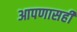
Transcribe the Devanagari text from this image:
आपणासही